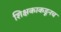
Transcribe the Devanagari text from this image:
शिक्षकाकडूनच